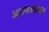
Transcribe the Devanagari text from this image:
आत्मशोधन